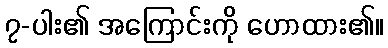
၇-ပါး၏ အကြောင်းကို ဟောထား၏။